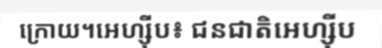
ក្រោយ។អេហ្ស៊ីប៖ ជនជាតិអេហ្ស៊ីប